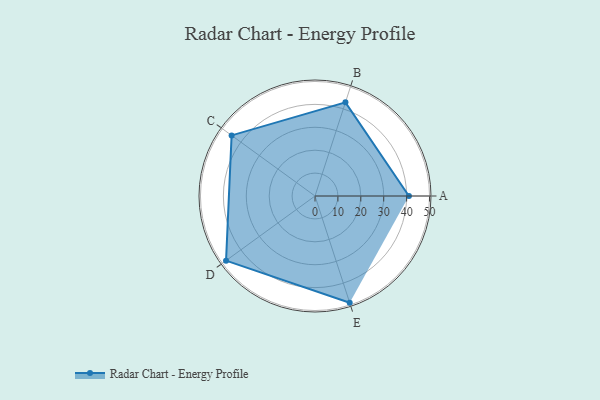
{"axis": {"x": "Skill", "y": "Score"}, "legend": ["Profile"], "data": [{"x": "A", "y": 41.0, "type": "Profile"}, {"x": "B", "y": 43.0, "type": "Profile"}, {"x": "C", "y": 45.0, "type": "Profile"}, {"x": "D", "y": 48.0, "type": "Profile"}, {"x": "E", "y": 49.0, "type": "Profile"}]}